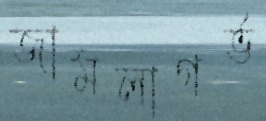
জামলাগর্ভ